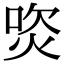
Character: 焁